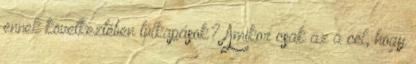
ennek következtében túlkapások? Amikor csak az a cél, hogy